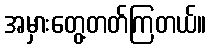
အမှားတွေ့တတ်ကြတယ်။